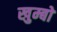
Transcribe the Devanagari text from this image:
खुम्बों